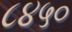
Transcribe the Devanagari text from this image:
८४५०